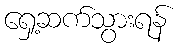
ရှေ့ဆက်သွားရန်